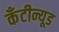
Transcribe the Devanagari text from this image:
कँटीन्यूड